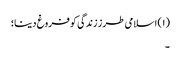
(۱) اسلامی طرز زندگی کو فروغ دینا؛
۔